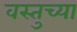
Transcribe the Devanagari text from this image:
वस्तुच्या